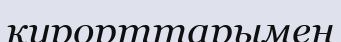
курорттарымен